Vital statistics of India. Vol. V, Reports of 1876 on armies & jails and on epidemic cholera
Year: 1876
Disease focus: Cholera
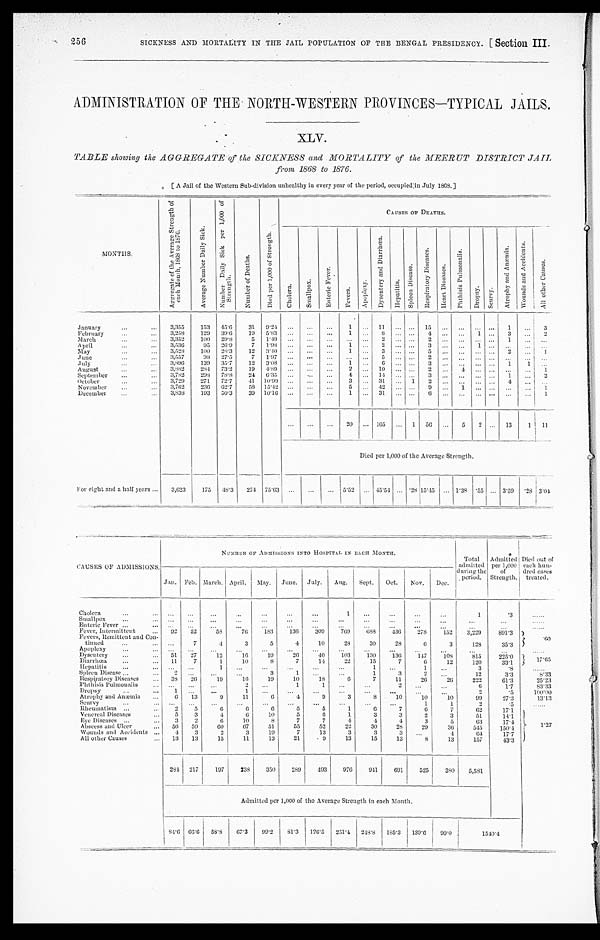
256
SICKNESS AND MORTALITY IN THE JAIL POPULATION OF THE BENGAL PRESIDENCY. [Section III.
ADMINISTRATION OF THE NORTH-WESTERN PROVINCES—TYPICAL JAILS.
XLV.
TABLE showing the AGGREGATE of the SICKNESS and MORTALITY of the MEERUT DISTRICT JAIL,
from 1868 to 1876.
[A Jail of the Western Sub-division unhealthy in every year of the period, occupied in July 1868.]
MONTHS.
A g g r e g a t e o f t h e a v e r a g e s t r e n g t h o f e a c h m o n t h , 1 8 0 8 t o 1 8 7 6 .
A v e r a g e N u m b e r D a i l y S i c k .
N u m b e r D a i l y S i c k p e r 1 , 0 0 0 o f s t r e n g t h .
N u m b e r o f D e a t h s .
D i e d p e r 1 , 0 0 0 o f s t r e n g t h .
C A U S E S O F D E A T H S .
C h o l e r a . S m a l l p o x
E n t e r i c F e v e r .
F e v e r s .
A p o p l e x y .
D y s e n t e r y a n d D i a r r h œ a .
H e p a t i t i s .
S p l e e n D i s e a s e s .
R e s p i r a t o r y D i s e a s e s .
H e a r t D i s e a s e s .
P h t h i s i s P u l m o n a l i s .
D r o p s y .
S c u r v y . A t r o p h y a n d A n æ m i a .
W o u n d s a n d A c c i d e n t s .
A l l o t h e r C a u s e s .
January
3,355 153 45.6 31 9. 24
1
11
15
1
3
February
3,258 129 39.6 19 5.83
1
8
4
1
3
2
March
3,352 100 29.8
5 1.49
2
2
1
April
3,536
95 26.9 7 1.98
1
2
3
1
May
3,528 100 28.3 12 3.40
1
3
5
2
1
June
3,557
9 8 27.5
7 1.97
5
2
July
3,896 139 35.7 12 3.08
1
6
3
1 1
August
3,882 284 73.2 19 4. 89
2
10
2
4
1
September
3,782 298 78.8 24 6.35
4
14
3
1
2
October
3,729 271 72.7 41 10.99
3
31
1 2
4
November
3,762 236 62.7 58 15.42
5
42
9
1
1
December
3,838 193 50.3 39 10.16
1
31
6
1
20
165
1 56
5 2
13
1 11
Died per 1,000 of the Average Strength.
For eight and a half years
3,623 175 48.3 274 75.63
5.52
45.54
. 28 15.45
1.38 . 55
3 . 5 9
.28 3.04
CAUSES OF ADMISSIONS.
NUMBER OF ADMISSIONS INTO HOSPITAL IN EACH MONTH.
Total
admitted
during the
period.
Admitted
per 1,000
of
Strength.
Died out of
each hun-
dred cases
treated.
Jan. Feb. March. April. May. June. July. Aug. Sept. Oct. Nov. Dec.
...
Cholera
1
1
.3
S m a l l p o x
Enteric Fever
Fever, Intermit tent
92 52
58
76 183 136
309 769 688
436 278
1 5 2 3,229
891.3
. 6 0
Fevers, Remittent and Con-
tinued
7
4
3
5
4
10
28
30
28
6
3
128
35.3
A p o p l e x y
Dysentery
51 27
1 2
1 6
1 9
2 6
40 103 130 136 147
1 0 8 • 8 1 5
225. 0
1 7 . 6 5
Diarrhœa
11 7
1
10
8
7
14
22
15
7
6
12
120
33.1
1 7 . 6 5
Hepatitis
1
1
1
3
. 8
Spleen Disease
2
3
1
1
3
2
12
3.3
8.33
Respiratory Diseases
38 26
19
16
19
10
1 8
6
7
11
26
26
222
61.3
25.23
Phthisis Pulmonalis
2
1
1
2
6
1.7
83.33
Dropsy
1
1
2
.5
100. 00
Atrophy and Anæmia
6 13
9
11
6
4
9
3
8
10
10
10
99
27.3
13.13
Scurvy
1
1
2
.5
Rheumatism
2 5
6
6
6
5
5
1
6
7
6
7
6 2
17.1
Venereal Diseases
5 3
4
6
1 0
5
6
1
3
3
2
3
51
14.1
Eve Diseases
3
2
6
10
8
7
7
4
4
4
3
5
63
17. 4 1. 27
Abseess and Ulcer 56 59
60
67
51
55
52
22
30
28
29
I
36
545
150. 4
Wounds and Accidents
4 3
2
3
19
7
13
3
3
3
4
17.7
All other Causes
13 13
15
11
13
21 .9
13
15
13
8
13
157
43. 3
284 217 197 238 350 289 493 976 941
691 525 380 5,581
Admitted per 1,000 of the Average Strength in each Month.
8 4 . 6
6 6 . 6
58.8 67.3 99.2 81.3 126.5 251.4 248.8 185.3 139.6 99.0
1 5 4 0 . 4